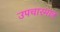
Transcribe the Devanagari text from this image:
उपचारमात्र